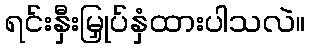
ရင်းနှီးမြှုပ်နှံထားပါသလဲ။